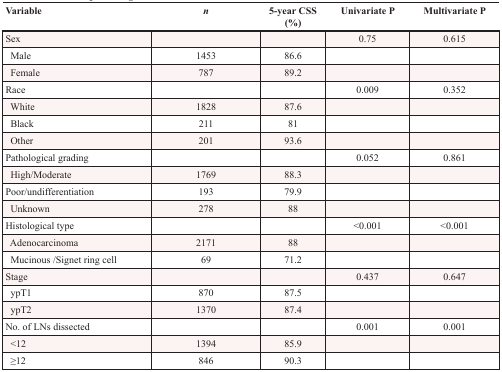
| Variable | n | 5-year CSS (%) | Univariate P | Multivariate P |
 | --- | --- | --- | --- | --- |
 | Sex |  |  | 0.75 | 0.615 |
 | Male | 1453 | 86.6 |  |  |
 | Female | 787 | 89.2 |  |  |
 | Race |  |  | 0.009 | 0.352 |
 | White | 1828 | 87.6 |  |  |
 | Black | 211 | 81 |  |  |
 | Other | 201 | 93.6 |  |  |
 | Pathological grading |  |  | 0.052 | 0.861 |
 | High/Moderate | 1769 | 88.3 |  |  |
 | Poor/undifferentiation | 193 | 79.9 |  |  |
 | Unknown | 278 | 88 |  |  |
 | Histological type |  |  | <0.001 | <0.001 |
 | Adenocarcinoma | 2171 | 88 |  |  |
 | Mucinous/Signet ring cell | 69 | 71.2 |  |  |
 | Stage |  |  | 0.437 | 0.647 |
 | ypT1 | 870 | 87.5 |  |  |
 | ypT2 | 1370 | 87.4 |  |  |
 | No. of LNs dissected |  |  | 0.001 | 0.001 |
 | <12 | 1394 | 85.9 |  |  |
 | ≥12 | 846 | 90.3 |  |  |